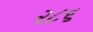
૨૮૬